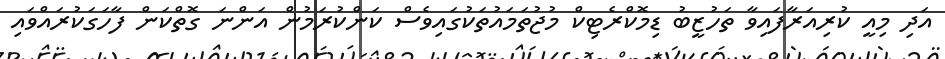
އަދި މިއީ ކުރިއަރާފައިވާ ތަހުޒީބު ޑިމޮކްރެޓިކް މުޖުތަމައުތަކުގައިވެސް ކަންކުރަމުން އަންނަ ގޮތްކަން ފާހަގަކުރައްވައި